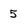
Character: 5